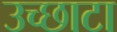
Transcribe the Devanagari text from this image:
उच्छाटा